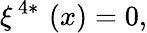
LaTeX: \xi^{\, 4\ast}\, \left(x\right)=0,